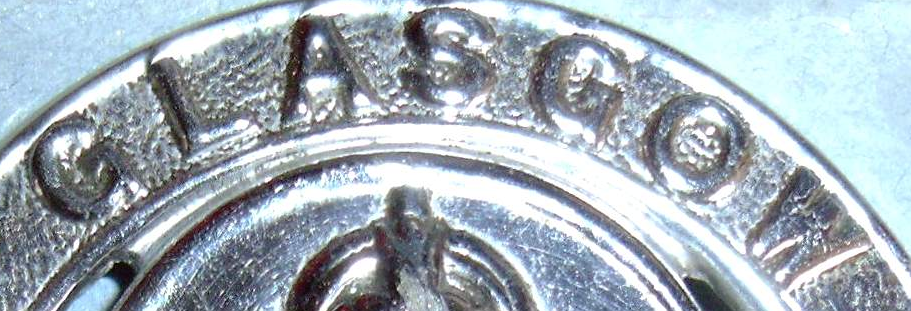
GLASGOW